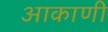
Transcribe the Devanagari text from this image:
आकाणी